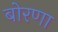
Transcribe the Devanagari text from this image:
बोरणा